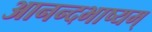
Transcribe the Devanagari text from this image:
आनन्दभाष्यम्